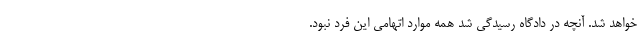
خواهد شد. آنچه در دادگاه رسیدگی شد همه موارد اتهامی این فرد نبود.